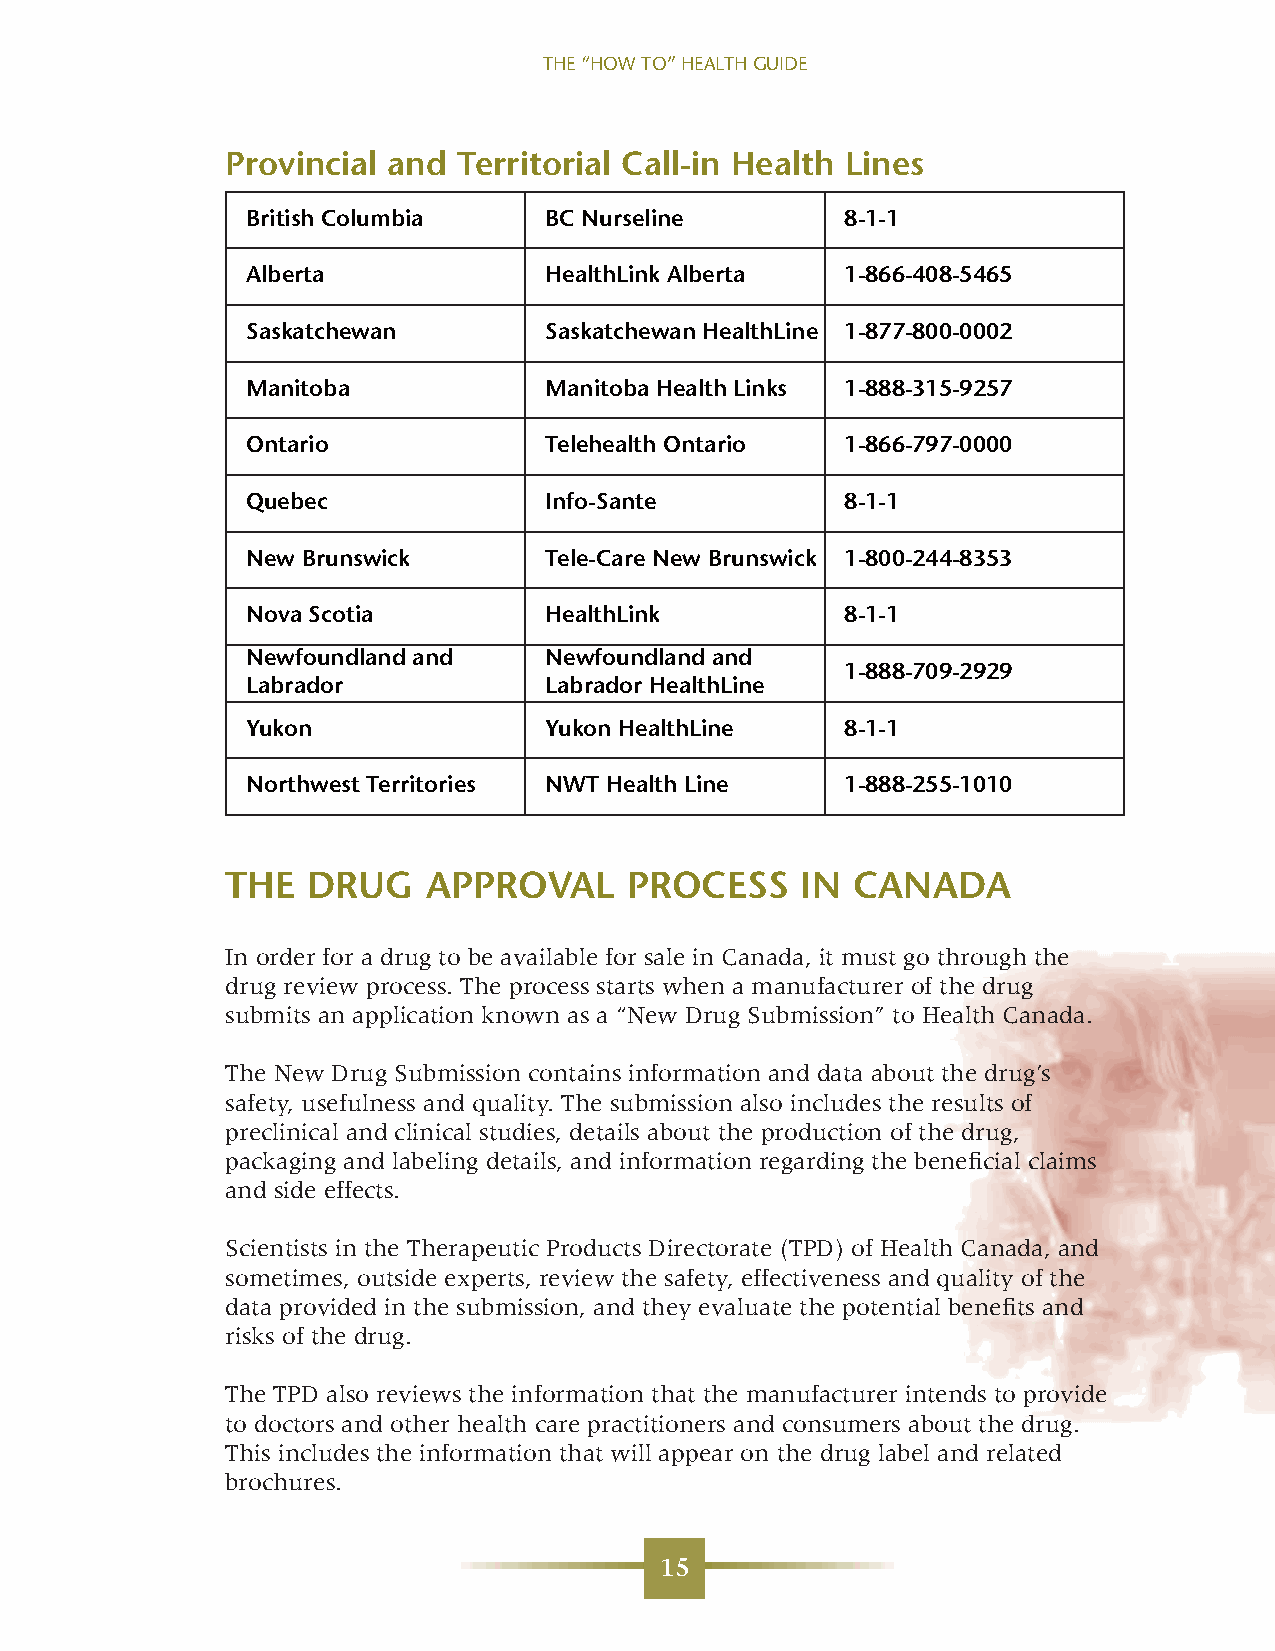
THE “HOW TO” HEALTH GUIDE
 Provincial and Territorial Call-in Health Lines
 British Columbia    BC Nurseline        8-1-1
 Alberta             HealthLink Alberta  1-866-408-5465
 Saskatchewan        Saskatchewan HealthLine 1-877-800-0002
 Manitoba            Manitoba Health Links 1-888-315-9257
 Ontario             Telehealth Ontario  1-866-797-0000
 Quebec              Info-Sante          8-1-1
 New Brunswick       Tele-Care New Brunswick 1-800-244-8353
 Nova Scotia         HealthLink          8-1-1
 Newfoundland and    Newfoundland and
 1-888-709-2929
 Labrador            Labrador HealthLine
 Yukon               Yukon HealthLine    8-1-1
 Northwest Territories NWT Health Line   1-888-255-1010
 THE  DRUG    APPROVAL     PROCESS     IN CANADA
 In order for a drug to be available for sale in Canada, it must go through the
 drug review process. The process starts when a manufacturer of the drug
 submits an application known as a “New Drug Submission” to Health Canada.
 The New Drug Submission contains information and data about the drug’s
 safety, usefulness and quality. The submission also includes the results of
 preclinical and clinical studies, details about the production of the drug,
 packaging and labeling details, and information regarding the beneficial claims
 and side effects.
 Scientists in the Therapeutic Products Directorate (TPD) of Health Canada, and
 sometimes, outside experts, review the safety, effectiveness and quality of the
 data provided in the submission, and they evaluate the potential benefits and
 risks of the drug.
 The TPD also reviews the information that the manufacturer intends to provide
 to doctors and other health care practitioners and consumers about the drug.
 This includes the information that will appear on the drug label and related
 brochures.
 15